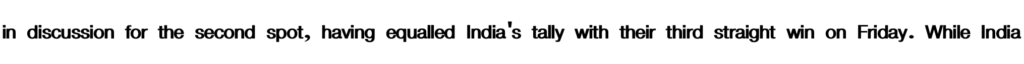
in discussion for the second spot, having equalled India's tally with their third straight win on Friday. While India